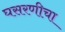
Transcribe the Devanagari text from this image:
घसरणीचा